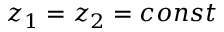
z _ { 1 } = z _ { 2 } = c o n s t